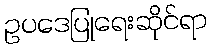
ဥပဒေပြုရေးဆိုင်ရာ